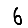
Digit: 6